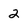
Character: 2